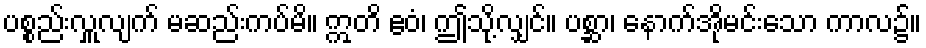
ပစ္စည်းလှူလျက် မဆည်းကပ်မိ။ ဣတိ ဧဝံ၊ ဤသို့လျှင်။ ပစ္ဆာ၊ နောက်အိုမင်းသော ကာလ၌။